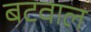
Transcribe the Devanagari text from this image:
बटवाल